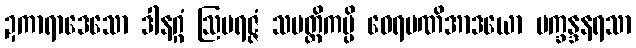
ဍကာရာဒေသော ဒါနဂ္ဂံ ဩပရဇ္ဇံ သပတ္တိကမ္ပိ ဝေရမဏိအာဒယော ပက္ခန္ဒနရသာ